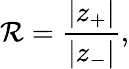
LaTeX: \mathcal{R}=\frac{\vert z_{+}\vert}{\vert z_{-}\vert},